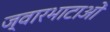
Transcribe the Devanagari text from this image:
ज्वारभाटाओं